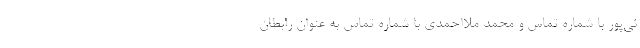
ئی‌پور با شماره تماس و محمد ملااحمدی با شماره تماس به عنوان رابطان